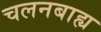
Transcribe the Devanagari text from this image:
चलनबाह्य